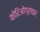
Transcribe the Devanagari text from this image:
कोरिओग्राफर